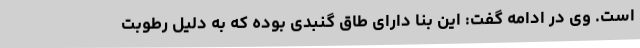
است. وی در ادامه گفت: این بنا دارای طاق گنبدی بوده که به دلیل رطوبت